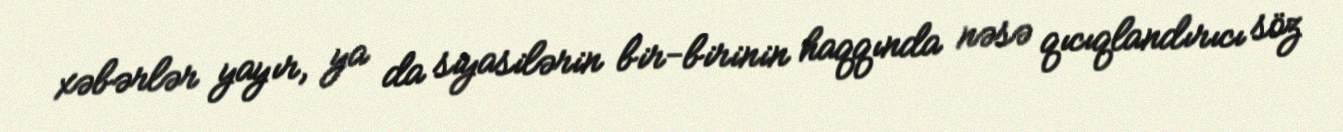
xəbərlər yayır, ya da siyasilərin bir-birinin haqqında nəsə qıcıqlandırıcı söz